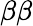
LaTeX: \beta\beta